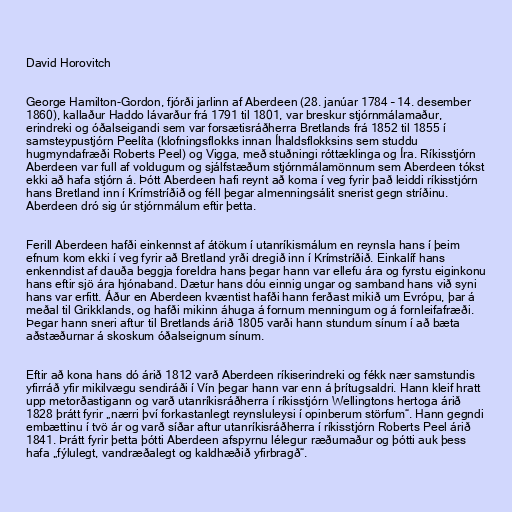
David Horovitch

George Hamilton-Gordon, fjórði jarlinn af Aberdeen (28. janúar 1784 – 14. desember
1860), kallaður Haddo lávarður frá 1791 til 1801, var breskur stjórnmálamaður,
erindreki og óðalseigandi sem var forsætisráðherra Bretlands frá 1852 til 1855 í
samsteypustjórn Peelíta (klofningsflokks innan Íhaldsflokksins sem studdu
hugmyndafræði Roberts Peel) og Vigga, með stuðningi róttæklinga og Íra. Ríkisstjórn
Aberdeen var full af voldugum og sjálfstæðum stjórnmálamönnum sem Aberdeen tókst
ekki að hafa stjórn á. Þótt Aberdeen hafi reynt að koma í veg fyrir það leiddi ríkisstjórn
hans Bretland inn í Krímstríðið og féll þegar almenningsálit snerist gegn stríðinu.
Aberdeen dró sig úr stjórnmálum eftir þetta.

Ferill Aberdeen hafði einkennst af átökum í utanríkismálum en reynsla hans í þeim
efnum kom ekki í veg fyrir að Bretland yrði dregið inn í Krímstríðið. Einkalíf hans
enkenndist af dauða beggja foreldra hans þegar hann var ellefu ára og fyrstu eiginkonu
hans eftir sjö ára hjónaband. Dætur hans dóu einnig ungar og samband hans við syni
hans var erfitt. Áður en Aberdeen kvæntist hafði hann ferðast mikið um Evrópu, þar á
meðal til Grikklands, og hafði mikinn áhuga á fornum menningum og á fornleifafræði.
Þegar hann sneri aftur til Bretlands árið 1805 varði hann stundum sínum í að bæta
aðstæðurnar á skoskum óðalseignum sínum.

Eftir að kona hans dó árið 1812 varð Aberdeen ríkiserindreki og fékk nær samstundis
yfirráð yfir mikilvægu sendiráði í Vín þegar hann var enn á þrítugsaldri. Hann kleif hratt
upp metorðastigann og varð utanríkisráðherra í ríkisstjórn Wellingtons hertoga árið
1828 þrátt fyrir „nærri því forkastanlegt reynsluleysi í opinberum störfum“. Hann gegndi
embættinu í tvö ár og varð síðar aftur utanríkisráðherra í ríkisstjórn Roberts Peel árið
1841. Þrátt fyrir þetta þótti Aberdeen afspyrnu lélegur ræðumaður og þótti auk þess
hafa „fýlulegt, vandræðalegt og kaldhæðið yfirbragð“.